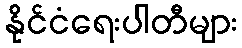
နိုင်ငံရေးပါတီများ